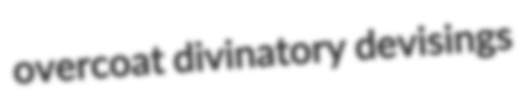
overcoat divinatory devisings